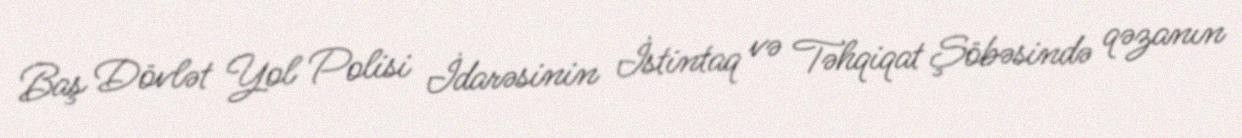
Baş Dövlət Yol Polisi İdarəsinin İstintaq və Təhqiqat Şöbəsində qəzanın